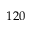
1 2 0